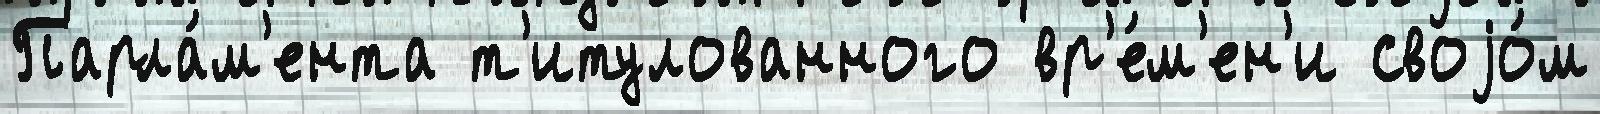
Парла́м'ента т'итулованного вр'е́м'ен'и своjо́м